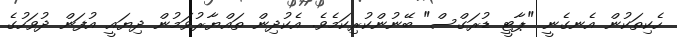
ހެކިތަކުން އެނގެނީ "ޕާޓީ ޑުރަގްސް" ބޭނުންކުރިކަމެވެ. އެކުދިން ތައްޔާރުވަމުން ދިޔައީ އުފަން ދުވަހުގެ